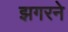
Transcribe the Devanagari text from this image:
झगरने